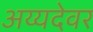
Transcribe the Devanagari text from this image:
अय्यदेवर